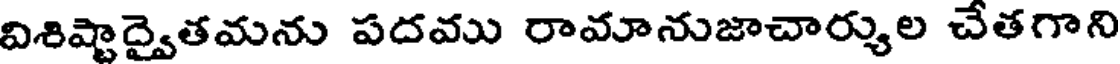
విశిష్టాద్వైతమను పదము రామానుజాచార్యుల చేతగాని